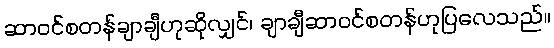
ဆာဝင်စတန်ချာချီဟုဆိုလျှင်၊ ချာချီဆာဝင်စတန်ဟုပြလေသည်။